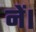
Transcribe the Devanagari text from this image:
नें।